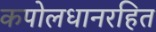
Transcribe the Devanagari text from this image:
कपोलधानरहित